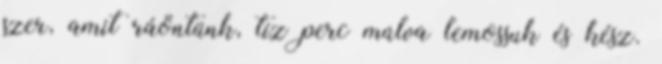
szer, amit ráöntünk, tíz perc múlva lemossuk és kész.